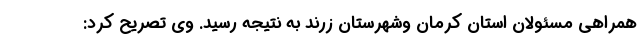
همراهی مسئولان استان کرمان وشهرستان زرند به نتیجه رسید. وی تصریح کرد: